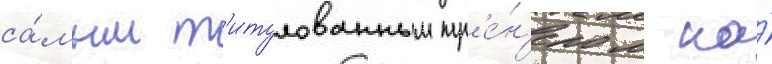
са́мым т'итулованным тр'е́н'ером на́